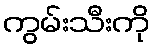
ကွမ်းသီးကို